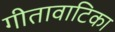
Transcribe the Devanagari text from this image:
गीतावाटिका